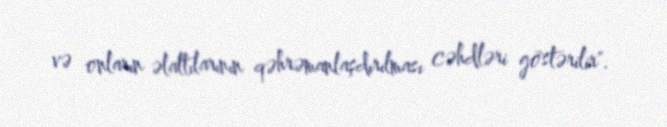
və onların əlaltılarının qəhrəmanlaşdırılması cəhdləri göstərilir".